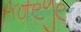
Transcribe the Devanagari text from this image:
कुकलाहभारत